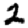
Digit: 2